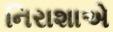
નિરાશાએ